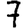
Digit: 7